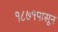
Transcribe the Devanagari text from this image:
१८७१पासून